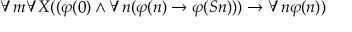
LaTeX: \forall m \forall X ( ( \varphi ( 0 ) \land \forall n ( \varphi ( n ) \rightarrow \varphi ( S n ) ) ) \rightarrow \forall n \varphi ( n ) )